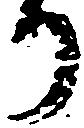
り